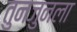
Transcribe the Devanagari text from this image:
तुनजुनला